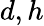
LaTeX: d,h